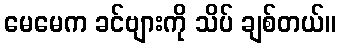
မေမေက ခင်ဗျားကို သိပ် ချစ်တယ်။